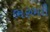
ભરભરી